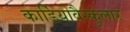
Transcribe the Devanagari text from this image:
कार्डियोवैस्कुलार